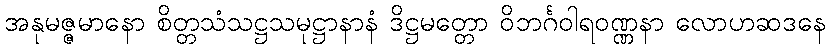
အနုမဇ္ဇမာနော စိတ္တသံသဋ္ဌသမုဋ္ဌာနာနံ ဒိဋ္ဌမတ္တော ဝိဘင်္ဂဝါရဝဏ္ဏနာ လောဟဆဒနေ